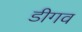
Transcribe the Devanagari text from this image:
डीगव